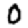
Digit: 0